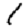
Digit: 1